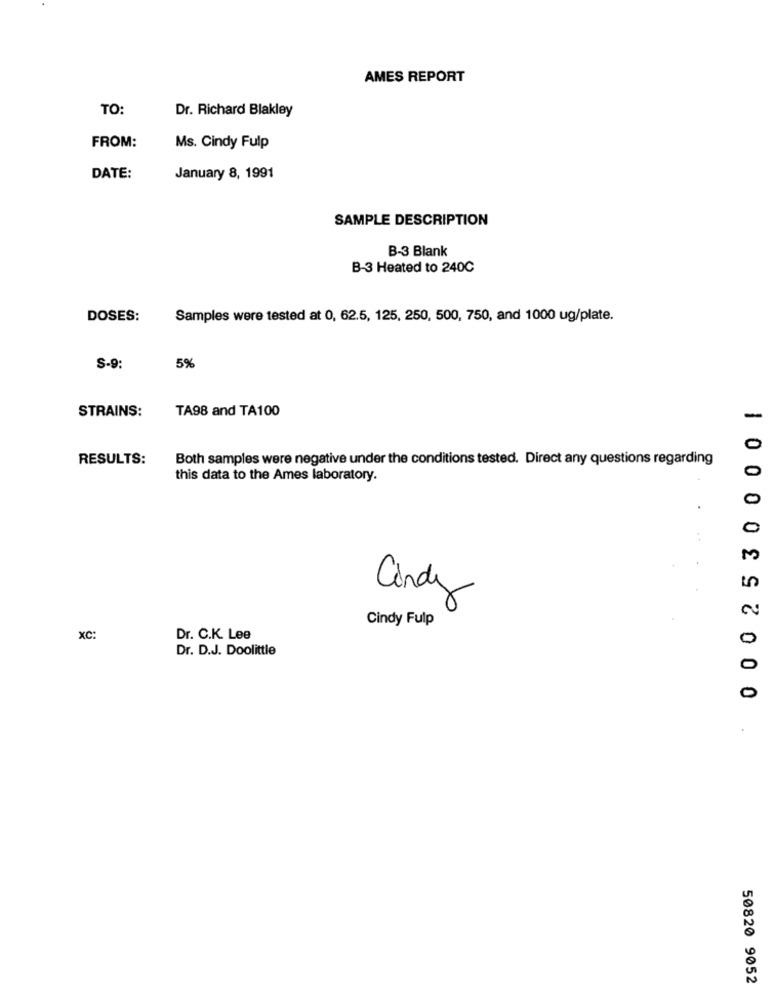
AMES REPORT
TO:
Dr. Richard Blakley
FROM:
Ms. Cindy Fulp
DATE:
January 8, 1991
SAMPLE DESCRIPTION
B-3 Blank
B-3 Heated to 240℃
DOSES:
Samples were tested at 0, 62.5, 125, 250, 500, 750, and 1000 ug/plate.
S-9:
5%
STRAINS:
TA98 and TA100
0 0 0 2 5 3 0 0 0 0 1
-
RESULTS:
Both samples were negative under the conditions tested. Direct any questions regarding
0
this data to the Ames laboratory.
M
Cindy
Cindy Fulp
XC:
Dr. C.K. Lee
Dr. D.J. Doolittle
50820 9052